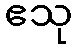
ဧသု